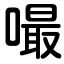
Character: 嘬